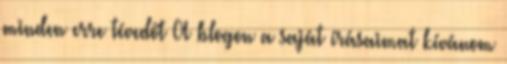
minden erre tévedőt A blogon a saját írásaimat kívánom